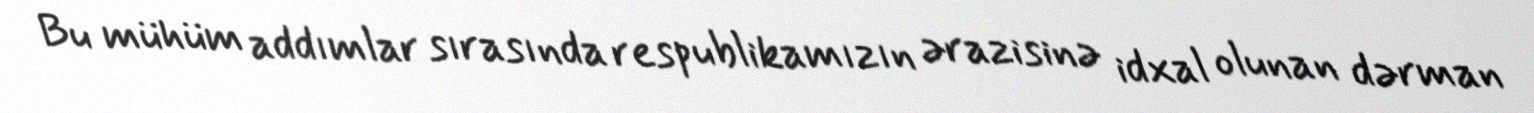
Bu mühüm addımlar sırasında respublikamızın ərazisinə idxal olunan dərman